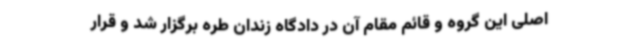
اصلی این گروه و قائم مقام آن در دادگاه زندان طره برگزار شد و قرار